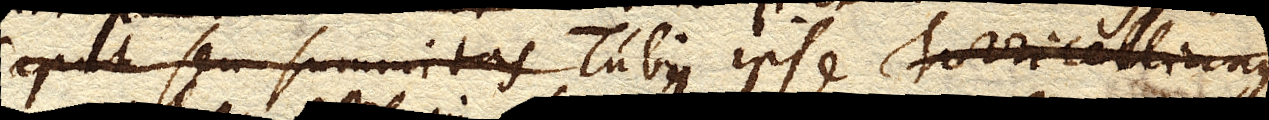
caput seu summitas Tubi ipse Torricellianus